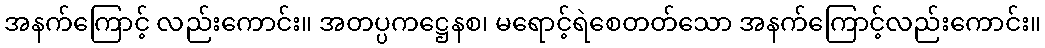
အနက်ကြောင့် လည်းကောင်း။ အတပ္ပကဋ္ဌေနစ၊ မရောင့်ရဲစေတတ်သော အနက်ကြောင့်လည်းကောင်း။